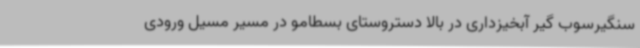
سنگیرسوب گیر آبخیزداری در بالا دستروستای بسطامو در مسیر مسیل ورودی